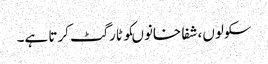
سکولوں، شفا خانوںکو ٹارگٹ کرتا ہے۔